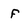
Character: f